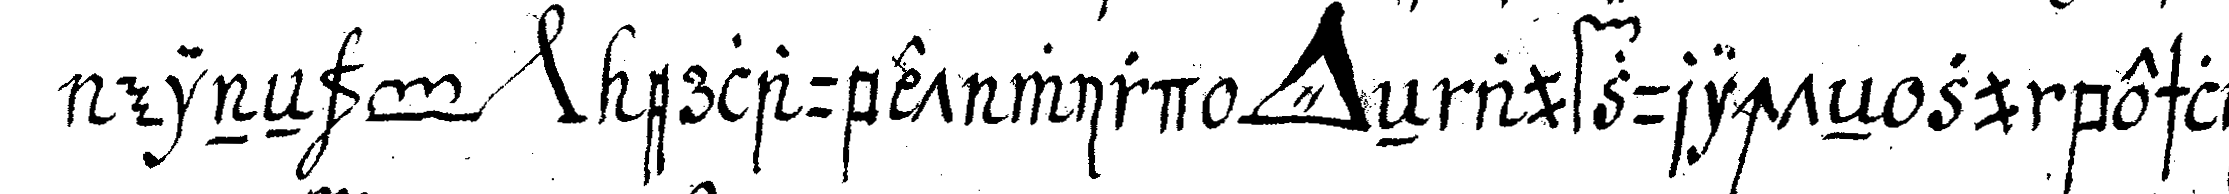
eineN *toe* *nee* erlaubet wird *tri..* eN aufzurichteN zu beschlie